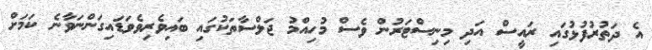
އެ ދަތުރުފުޅުގައި ރައީސް އަދި މިނިސްޓަރުން ވެސް މުހިއްމު ޖަލްސާތަކުގައި ބައިވެރިވެވަޑައިގަންނަވާނެ ކަމަށް